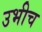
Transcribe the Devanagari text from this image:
उभीच